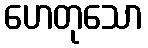
ဟေတုသော